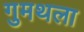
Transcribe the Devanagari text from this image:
गुमथला